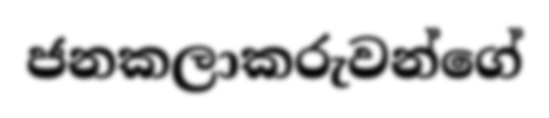
ජනකලාකරුවන්ගේ